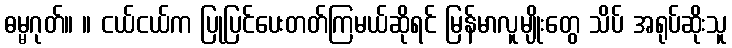
ဓမ္မဂုတ်။ ။ ငယ်ငယ်က ပြုပြင်ပေးတတ်ကြမယ်ဆိုရင် မြန်မာလူမျိုးတွေ သိပ် အရုပ်ဆိုးသူ